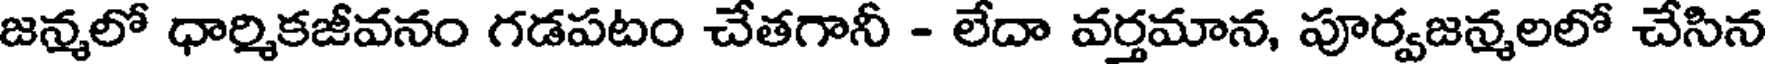
జన్మలో ధార్మికజీవనం గడపటం చేతగానీ - లేదా వర్తమాన, పూర్వజన్మలలో చేసిన